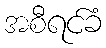
အစီရင်ခံ